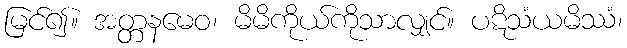
မြင်၍။ အတ္တနမေဝ၊ မိမိကိုယ်ကိုသာလျှင်။ ပဋိသံယမိဿံ၊